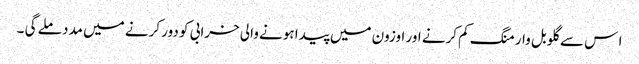
ا س سے گلوبل وارمنگ کم کرنے اور اوزون میں پیدا ہونے والی خرابی کو دور کرنے میں مدد ملے گی ۔